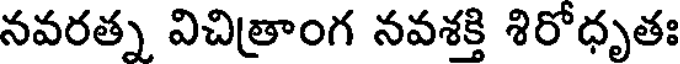
నవరత్న విచిత్రాంగ నవశక్తి శిరోధృతః